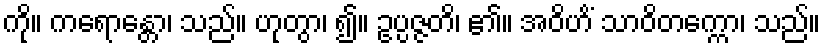
ကို။ ကရောန္တော၊ သည်။ ဟုတွာ၊ ၍။ ဥပ္ပဇ္ဇတိ၊ ၏။ အဝိဟိံ သာဝိတက္ကော၊ သည်။